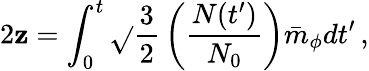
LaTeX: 2\mathbf{z}=\int_{0}^{t}\sqrt{}{{\frac{{3}}{{2}}}}\left(\frac{{N(t^{\prime})}}{{N_{0}}}\right)\bar{{m}}_{\phi}dt^{\prime}\, ,